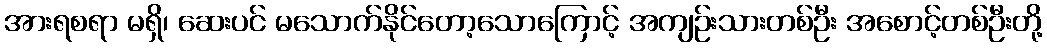
အားရစရာ မရှိ၊ ဆေးပင် မသောက်နိုင်တော့သောကြောင့် အကျဉ်းသားတစ်ဦး အစောင့်တစ်ဦးတို့